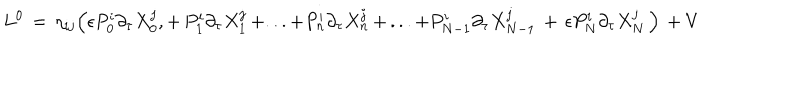
LaTeX: L ^ { 0 } \, = \, \eta _ { i j } \Big ( \epsilon P _ { 0 } ^ { i } \partial _ { \tau } X _ { 0 } ^ { j } , + \, P _ { 1 } ^ { i } \partial _ { \tau } X _ { 1 } ^ { j } \, + . . . + P _ { n } ^ { i } \partial _ { \tau } X _ { n } ^ { j } \, + \, . . . + P _ { N - 1 } ^ { i } \partial _ { \tau } X _ { N - 1 } ^ { j } \, + \, \epsilon P _ { N } ^ { i } \partial _ { \tau } X _ { N } ^ { j } \, \Big ) \, + V